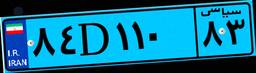
۸۴D۱۱۰۸۳